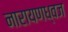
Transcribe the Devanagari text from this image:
नारायणध्वज